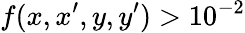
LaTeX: f(x,x^{\prime},y,y^{\prime})>10^{-2}